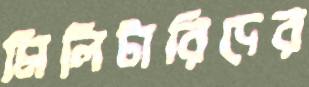
মিলিটারিদের